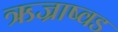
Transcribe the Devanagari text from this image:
ऋज्राष्वड